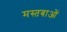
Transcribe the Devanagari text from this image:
मस्तबाओं